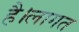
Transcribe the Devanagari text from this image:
है।लागत